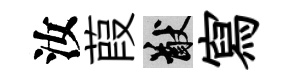
汝葭猷寫